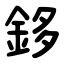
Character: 鉹